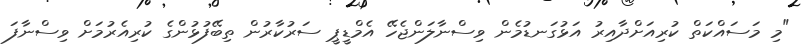
"މި މަސައްކަތް ކުރިއަށްދާއިރު އަޅުގަނޑުމެން ވިސްނާލަންޖެހޭ އެމްޑީޕީ ސަރުކާރުން ތިބޭފުޅުންގެ ކުރިއެރުމަށް ވިސްނާފަ